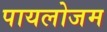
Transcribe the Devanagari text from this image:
पायलोजम